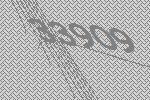
33909